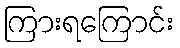
ကြားရကြောင်း